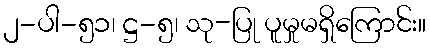
၂-ပါ-၅၁၊ ဋ္ဌ-၅၊ သု-ပြု ပူမှုမရှိကြောင်း။